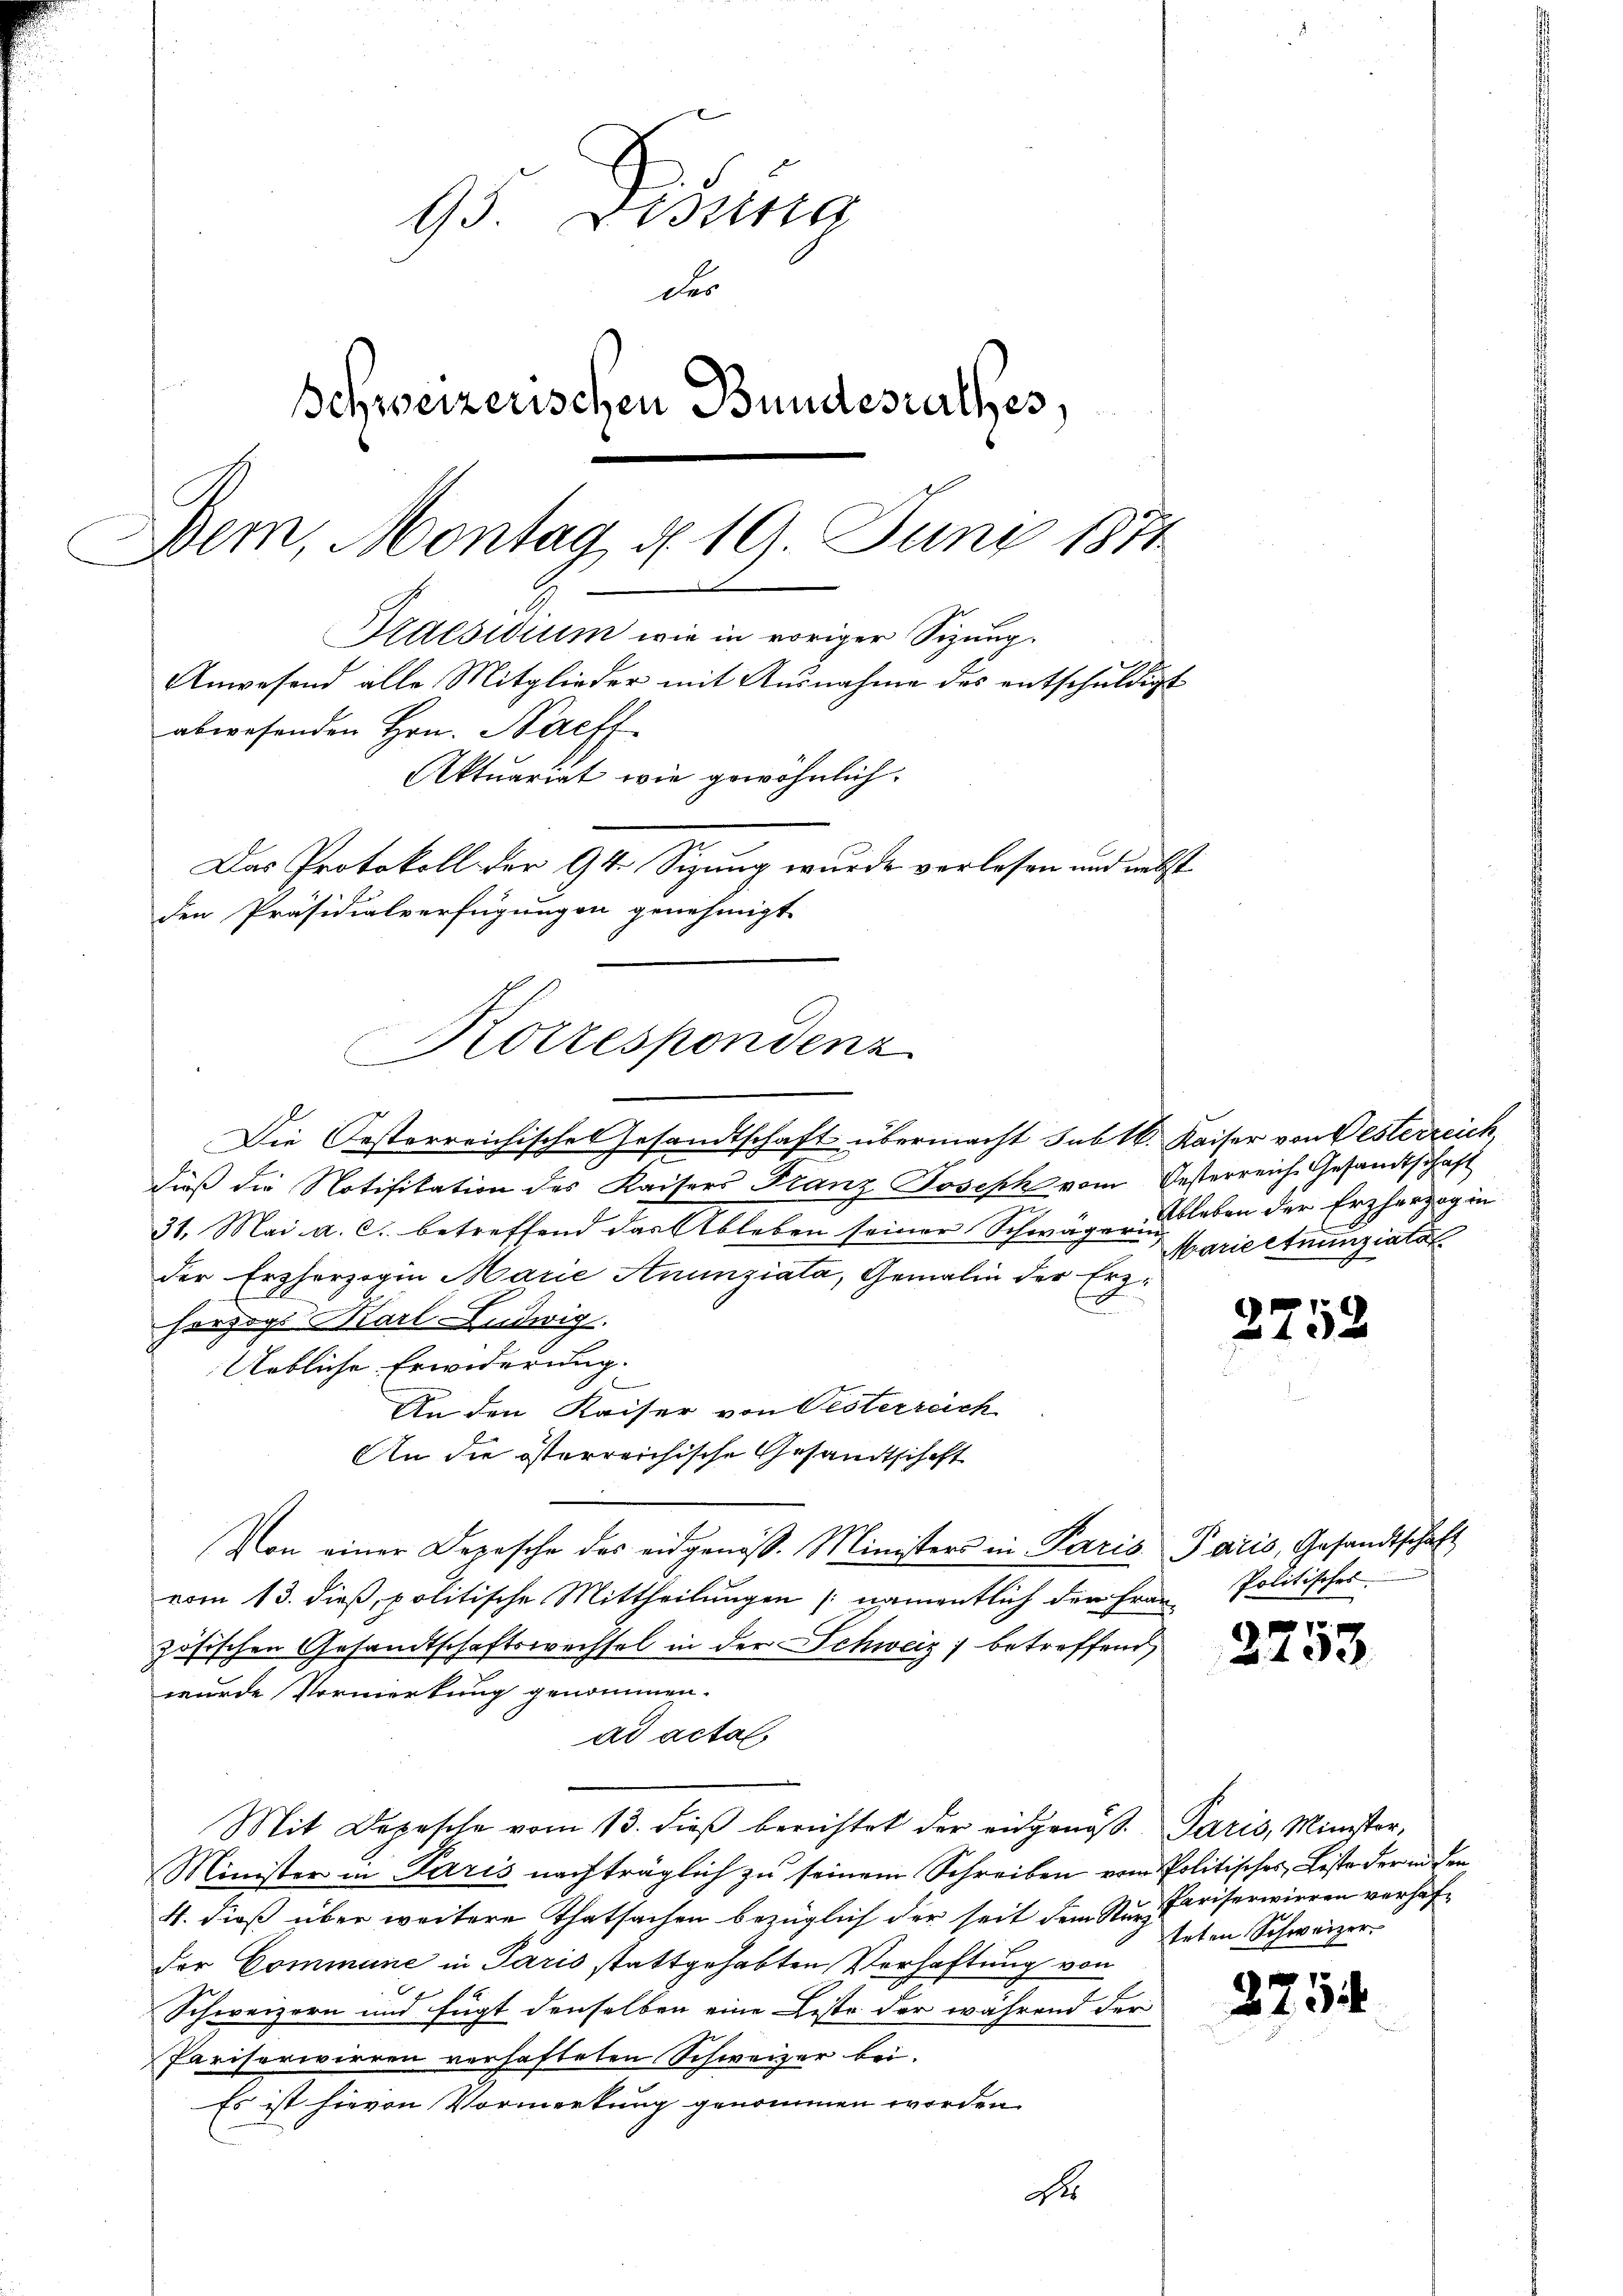
Korrespondenz

95. Disena
der
Schweizerischen Bundesurthes,
Dem, Montag d. 19. Juny 1871

Kaesidium wie in voriger Sizung.
Anwesend alle Mitglieder mit Ausnahme des entschuldigt
abwesenden Hrn. Nachf
Aktuariat wie gewöhnlich
Das Protokoll der 94. Sizung wurde verlesen und nebst
den Präsidialverfügungen genehmigt

Die Oesterreichisches Gesandtschaft übermacht sub 1. Kaiser von Besterreich,
dieß die Notifikation des Kaisers Franz Joseph vom Gesterreich Gesandtschaft
31. Mai a. c. betreffend das Ableben seiner Schwäger u. leben der Erzherzug in
der Erzherzogin Marie Anunziata, Gemalin der Erzi
c
herzogs Karl-Ludwig
Uebliche Erwiderung.
An den Kaiser von Pesterreich
An die österreichische Gesandtschaft
Von einer Depesche des eidgenöss. Ministers in Paris Paris, Gesandtschaft
vom 13. dieß, politische Mittheilungen (namentlich der Frau Politisches
zösischen Gesandtschaftswechsel in der Schweiz betreffend
wurde Vormerkung genommen.
ad actal.
Mit Depesche vom 13. dieß berichtet der eidgenos. Paris, Minister,
Minister in Paris nachträglich zu seinem Schreiben vom Politisches Liste der in den
4. dieß über weitere Thatsachen bezüglich der seit dem Sturzder Commune in Paris stattgehabten Verhaftung von
Schweizern und fügt denselben eine Liste der während der
Pariserwirren verhafteten Schweizer bei.
Es ist hievon Vormerkung genommen worden.
dr

Marieetnunziatal

2252

223.

Pariserieren verhafteten Schweizer

275